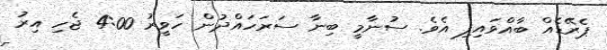
ޕެރޭޑެއް ބާއްވައިފި އެވެ. ސުނާމީ ބިނާ ސަރަހައްދުން ހަވީރު 4:00 ޖެހި އިރު